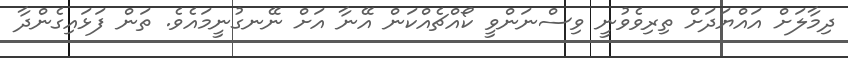
ދިމާލަށް އައްޔަދަށް ތިރިވެވުނީ ވިސްނަންވީ ކޯއްޗެއްކަން އޭނާ އަށް ނޭނގުނީމައެވެ. ތަން ފަޅައިގެންދާ